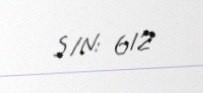
S/N: 612